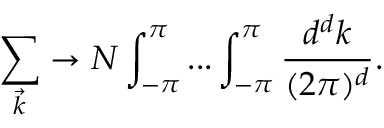
\sum _ { \vec { k } } \rightarrow N \int _ { - \pi } ^ { \pi } . . . \int _ { - \pi } ^ { \pi } \frac { d ^ { d } k } { ( 2 \pi ) ^ { d } } .